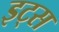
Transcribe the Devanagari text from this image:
इट्‍स